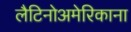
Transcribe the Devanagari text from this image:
लैटिनोअमेरिकाना